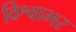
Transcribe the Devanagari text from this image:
विश्वाभर